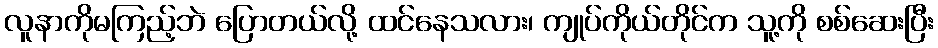
လူနာကိုမကြည့်ဘဲ ပြောတယ်လို့ ထင်နေသလား၊ ကျုပ်ကိုယ်တိုင်က သူ့ကို စစ်ဆေးပြီး